Annual administration report of the Civil Veterinary Department of India - 1908-1909
Year: 1908
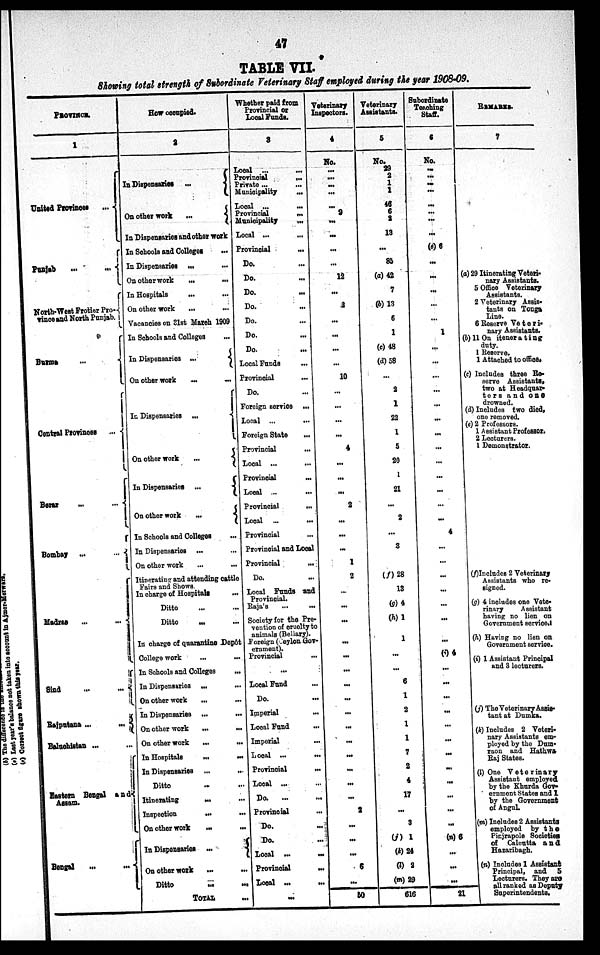
47
TABLE
VII.
Showing total strength of Subordinate Veterinary Staff employed during the pear 1908-09.
PROVINCE.
1
United Provinces ...
Punjab ... ...
North-West Frotier Pro-
vince and North Punjab.
Burma
...
Central Provinces ...
Berar
...
...
Bombay ...
...
Madras
...
...
Sind
...
...
Rajputana ... ...
Baluchistan ...
Eastern Bengal and
Assam.
Bengal
...
...
How occupied.
2
In Dispensaries ...
On other work
...
In Dispensaries and other work
In Schools and Colleges
...
In Dispensaries
...
...
On other work ... ...
In Hospitals
... ...
On other work
...
Vacancies on 31st March 1909
In Schools and Colleges
...
In Dispensaries ...
On other work
...
...
In Dispensaries
...
On other work
...
In Dispensaries ...
On other work
...
In Schools and Colleges ...
In Dispensaries ... ...
On other work ... ...
Itinerating and atteading cattle
Fairs and Shows.
In charge of Hospitals ...
Ditto ... ...
Ditto
...
...
In charge of quarantine Depôt
College work
...
...
In Schools and Colleges
...
In Dispensaries ... ...
On other work ... ...
In Dispensaries ...
...
On other work
...
...
On other work
...
...
In Hospitals
...
...
In Dispensaries ...
...
Ditto
...
...
Itinerating ... ...
Inspection
...
...
On other work ... ...
In Dispensaries ...
On other work ... ...
Ditto
...
...
TOTAL
...
Whether paid from
Proviacial or
Local Funds.
3
Local ...
...
Provincial
...
Private ...
...
Municipality
...
Local
...
...
Provincial
...
Manicipality
...
Local ...
...
Provincial
...
Do. ...
Do. ...
Do.
...
Do. ...
Do. ...
Do. ...
Do.
...
Local Funds
...
Provincial ...
Do. ...
Foreign service ...
Local ...
...
Foreign State
...
Provincial
...
Local ...
...
Provincial
...
Local ... ...
Provincial ...
Local ...
...
Provincial ...
Provincial and Local
Provincial
...
Do. ...
Local Funds and
Provincial.
Raja's
...
...
Society for the Pre-
vention of cruelty to
animals (Bellary).
Foreign (Ceylon Gov-
ernment).
Provincial ...
...
Local Fund ...
Do.
...
Imperial
...
Local Fund ...
Imperial
...
Local ...
...
Provincial
...
Local ... ...
Do.
... ...
Provincial
...
Do.
...
Do. ...
Local
...
...
Provincial ...
Local ... ...
...
Veterinary
Inspectors.
4
No.
...
...
...
...
...
9
...
...
...
...
12
...
2
...
...
...
...
10
...
...
...
...
4
...
...
...
2
...
...
...
1
2
...
...
...
...
...
...
...
...
...
...
...
...
...
...
...
2
...
...
...
6
...
50
Veterinary
Assistants.
5
No.
29
2
1
1
46
6
2
13
...
85
(a) 42
7
(b)13
6
1
(c) 48
(d) 58
...
2
1
22
1
5
20
1
21
...
2
...
3
(f)28
13
(g) 4
(h) 1
1
...
...
6
1
2
1
1
7
2
4
17
...
3
(j) 1
(k) 24
(l) 2
(m) 29
616
Subordinate
Teaching
Staff.
6
No.
...
...
...
...
...
...
...
...
(e) 6
...
...
...
...
...
1
...
...
...
...
...
...
...
...
...
...
...
...
...
4
...
...
...
...
...
...
...
(i) 4
...
...
...
...
...
...
...
...
...
...
...
(n) 6
...
...
...
21
REMARKS.
7
(a) 29 Itinerating Veteri-
nary Assistants.
5 Office Veterinary
Assistants.
2 Veterinary Assis-
tants on Tonga
line.
6 Reserve Veteri-
nary Assistants.
(b) 11 On itenerating
duty.
1 Reserve.
1 Attached to office.
(c) Includes three Re-
serve Assistants,
two at Headquar-
ters and one
drowned.
(d) Includes two died,
one removed.
(e) 2 Professors.
1 Assistant Professor.
2 lecturers.
1 Demonstrator.
(f) Includes 2 Veterinary
Assistants who re-
signed.
(g) 4 includes one Vete-
rinary
Assistant
having no lien on
Government serviced
(h) Having no lien on
Government service.
(i) 1 Assistant Principal
and 3 lecturers.
(j) The Veterinary Assis-
tant at Dumka.
(k) Includes 2 Veteri-
nary Assistants em-
ployed by the Dum-
raon and Hathwa
Raj States.
(l) One Veterinary
Assistant employed
by the Khurda Gov-
ernment States and 1
by the Government
of Angul.
(m) Includes 2 Assistants
employed by the
Pinjrapole Societies
of Calcutta and
Hazaribagh.
(n) Includes 1 Assistant
Principal, and 5
Lecturers. They are
all ranked as Deputy
Superiatendents.